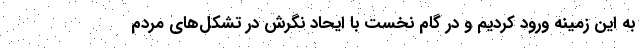
به این زمینه ورود کردیم و در گام نخست با ایحاد نگرش در تشکل‌های مردم